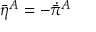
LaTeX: \bar { \eta } { } ^ { A } = - \dot { \bar { \pi } } { } ^ { A }